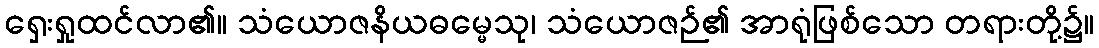
ရှေးရှုထင်လာ၏။ သံယောဇနိယဓမ္မေသု၊ သံယောဇဉ်၏ အာရုံဖြစ်သော တရားတို့၌။